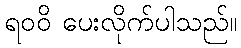
ရဝဝိ ပေးလိုက်ပါသည်။